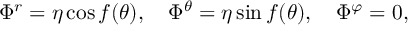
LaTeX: \Phi ^ { r } = \eta \cos f ( \theta ) , ~ ~ ~ \Phi ^ { \theta } = \eta \sin f ( \theta ) , ~ ~ ~ \Phi ^ { \varphi } = 0 ,